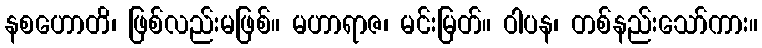
နစဟောတိ၊ ဖြစ်လည်းမဖြစ်။ မဟာရာဇ၊ မင်းမြတ်။ ဝါပန၊ တစ်နည်းသော်ကား။